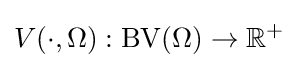
V(\cdot ,\Omega ):\operatorname {\operatorname {BV} } (\Omega )\rightarrow \mathbb {R} ^{+}